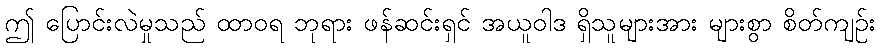
ဤ ပြောင်းလဲမှုသည် ထာဝရ ဘုရား ဖန်ဆင်းရှင် အယူဝါဒ ရှိသူများအား များစွာ စိတ်ကျဉ်း